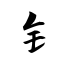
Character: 钅